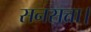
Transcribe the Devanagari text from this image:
सनसत्ता।